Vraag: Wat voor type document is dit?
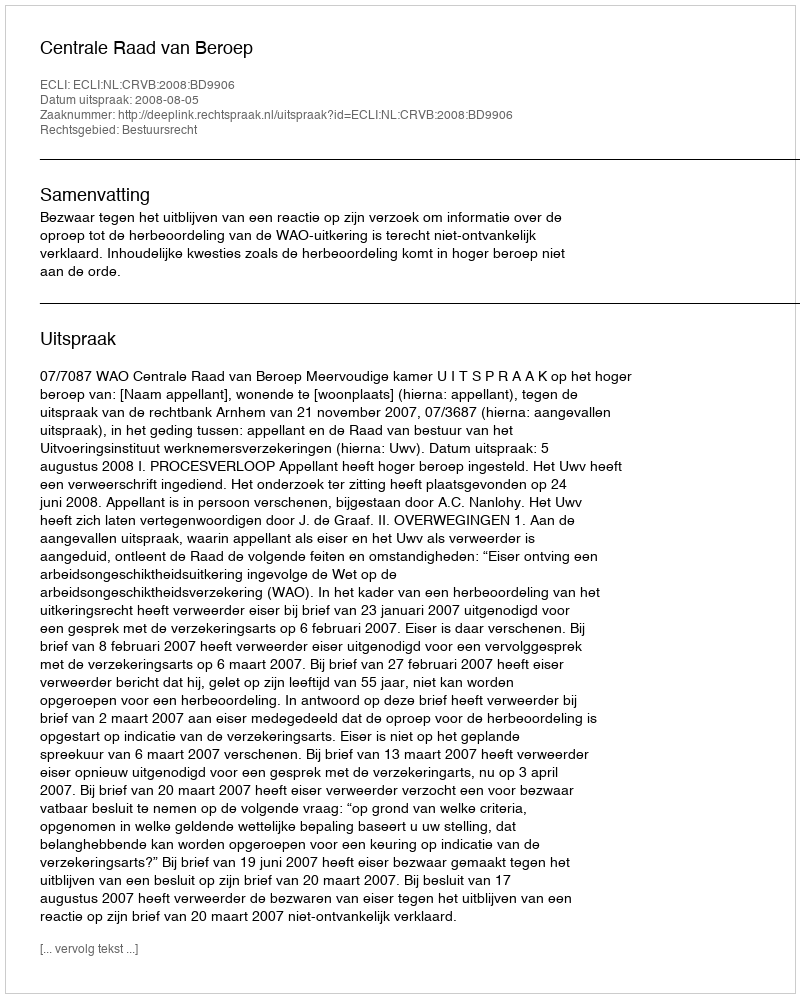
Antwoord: Uitspraak